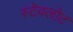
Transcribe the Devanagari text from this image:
स्टेवलोट